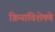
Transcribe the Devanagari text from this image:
क्रियाविशेषणे